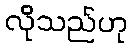
လိုသည်ဟု